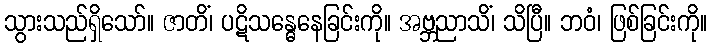
သွားသည်ရှိသော်။ ဇာတိံ၊ ပဋိသန္ဓေနေခြင်းကို။ အဗ္ဘညာသိံ၊ သိပြီ။ ဘဝံ၊ ဖြစ်ခြင်းကို။